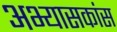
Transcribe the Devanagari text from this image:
अभ्यासकांस